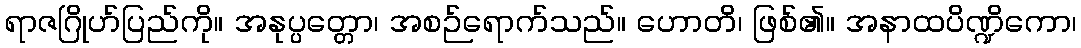
ရာဇဂြိုဟ်ပြည်ကို။ အနုပ္ပတ္တော၊ အစဉ်ရောက်သည်။ ဟောတိ၊ ဖြစ်၏။ အနာထပိဏ္ဍိကော၊